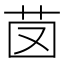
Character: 𦭁